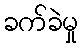
ခက်ခဲမှု